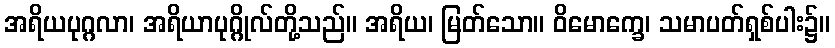
အရိယပုဂ္ဂလာ၊ အရိယာပုဂ္ဂိုလ်တို့သည်။ အရိယ၊ မြတ်သော။ ဝိမောက္ခေ၊ သမာပတ်ရှစ်ပါး၌။